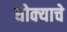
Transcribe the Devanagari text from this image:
धोक्‍याचे